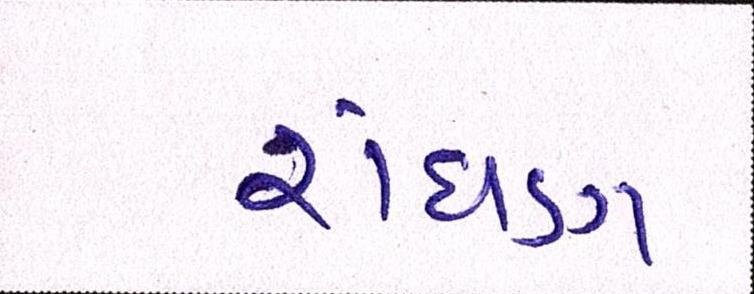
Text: રાંધણ